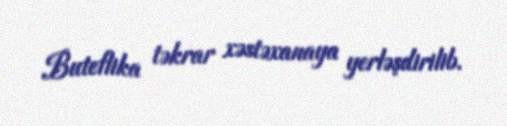
Buteflika təkrar xəstəxanaya yerləşdirilib.